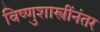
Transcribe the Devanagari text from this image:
विष्णुशास्त्रींनंतर